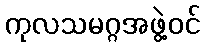
ကုလသမဂ္ဂအဖွဲ့ဝင်